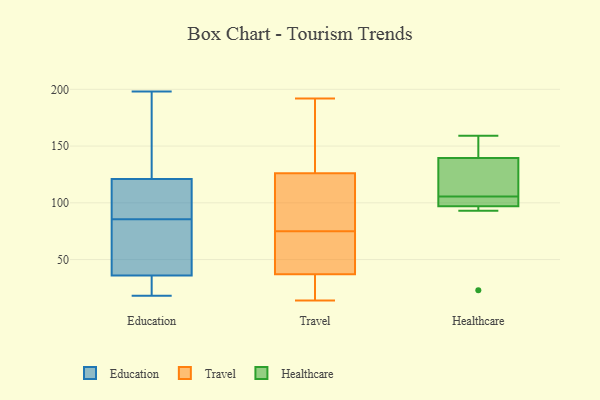
{"axis": {"x": "Inventory Turnover", "y": "Value"}, "legend": ["Education", "Healthcare", "Travel"], "data": [{"x": "", "y": 183, "type": "Education"}, {"x": "", "y": 55, "type": "Education"}, {"x": "", "y": 104, "type": "Education"}, {"x": "", "y": 28, "type": "Education"}, {"x": "", "y": 182, "type": "Education"}, {"x": "", "y": 41, "type": "Education"}, {"x": "", "y": 99, "type": "Education"}, {"x": "", "y": 187, "type": "Education"}, {"x": "", "y": 104, "type": "Education"}, {"x": "", "y": 25, "type": "Education"}, {"x": "", "y": 49, "type": "Education"}, {"x": "", "y": 128, "type": "Education"}, {"x": "", "y": 31, "type": "Education"}, {"x": "", "y": 198, "type": "Education"}, {"x": "", "y": 72, "type": "Education"}, {"x": "", "y": 69, "type": "Education"}, {"x": "", "y": 22, "type": "Education"}, {"x": "", "y": 18, "type": "Education"}, {"x": "", "y": 114, "type": "Education"}, {"x": "", "y": 103, "type": "Education"}, {"x": "", "y": 126, "type": "Travel"}, {"x": "", "y": 28, "type": "Travel"}, {"x": "", "y": 49, "type": "Travel"}, {"x": "", "y": 78, "type": "Travel"}, {"x": "", "y": 191, "type": "Travel"}, {"x": "", "y": 170, "type": "Travel"}, {"x": "", "y": 72, "type": "Travel"}, {"x": "", "y": 32, "type": "Travel"}, {"x": "", "y": 192, "type": "Travel"}, {"x": "", "y": 46, "type": "Travel"}, {"x": "", "y": 94, "type": "Travel"}, {"x": "", "y": 14, "type": "Travel"}, {"x": "", "y": 64, "type": "Travel"}, {"x": "", "y": 16, "type": "Travel"}, {"x": "", "y": 183, "type": "Travel"}, {"x": "", "y": 121, "type": "Travel"}, {"x": "", "y": 78, "type": "Travel"}, {"x": "", "y": 37, "type": "Travel"}, {"x": "", "y": 93, "type": "Healthcare"}, {"x": "", "y": 104, "type": "Healthcare"}, {"x": "", "y": 23, "type": "Healthcare"}, {"x": "", "y": 101, "type": "Healthcare"}, {"x": "", "y": 159, "type": "Healthcare"}, {"x": "", "y": 134, "type": "Healthcare"}, {"x": "", "y": 151, "type": "Healthcare"}, {"x": "", "y": 103, "type": "Healthcare"}, {"x": "", "y": 145, "type": "Healthcare"}, {"x": "", "y": 93, "type": "Healthcare"}, {"x": "", "y": 107, "type": "Healthcare"}, {"x": "", "y": 131, "type": "Healthcare"}]}